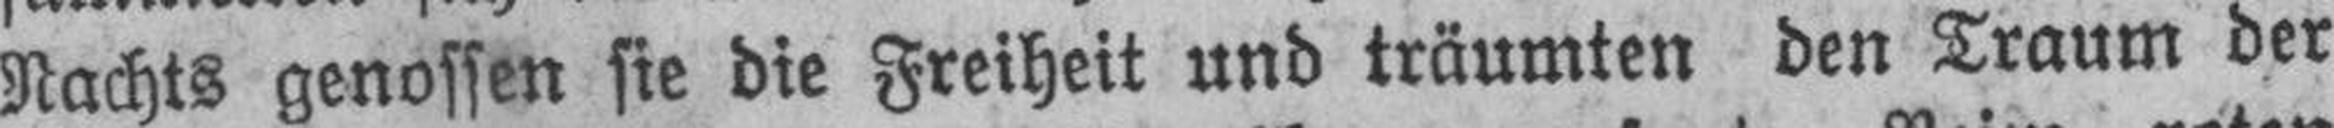
Nachts genossen sie die Freiheit und träumten den Traum der